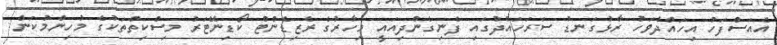
އެއަސްފަހު އިހައްދުވަހު ރާޅުގަނޑު ސަރަހައްދުގައި ފެނިގެންދިއައީ މިހާރުގެ ރެޒިޑެންޓް ކޯޑިނޭޓަރު މިސްކިތްތަކުގެ މުހިންމުކަން